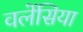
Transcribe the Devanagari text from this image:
वलेंसिया